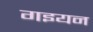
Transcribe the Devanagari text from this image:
गइयन